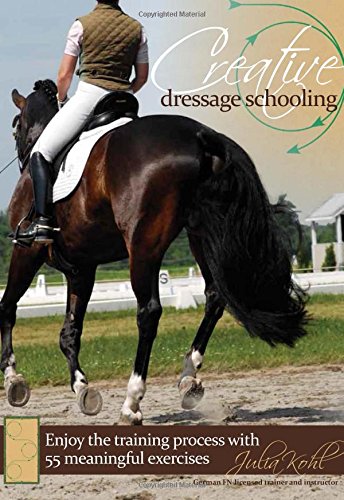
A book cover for Creative Dressage Schooling: Enjoy the Training Process with 55 Meaningful Exercises; Julia Kohl; Crafts, Hobbies & Home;